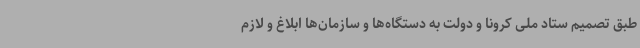
طبق تصمیم ستاد ملی کرونا و دولت به دستگاه‌ها و سازمان‌ها ابلاغ و لازم